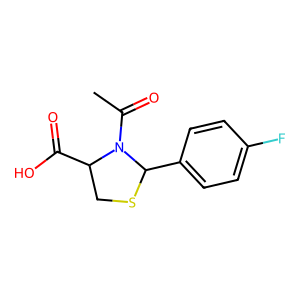
SMILES: CC(=O)N1C(C(=O)O)CSC1c1ccc(F)cc1
Inhibits HIV replication: No